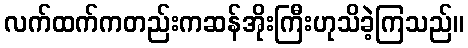
လက်ထက်ကတည်းကဆန်အိုးကြီးဟုသိခဲ့ကြသည်။